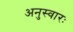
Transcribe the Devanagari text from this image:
अनुस्वारः